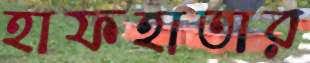
হাফহাতার